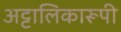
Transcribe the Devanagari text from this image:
अट्टालिकारूपी